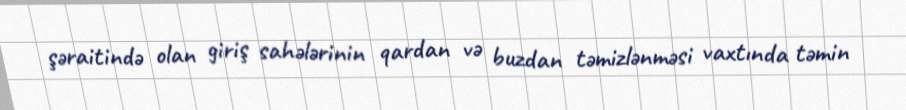
şəraitində olan giriş sahələrinin qardan və buzdan təmizlənməsi vaxtında təmin